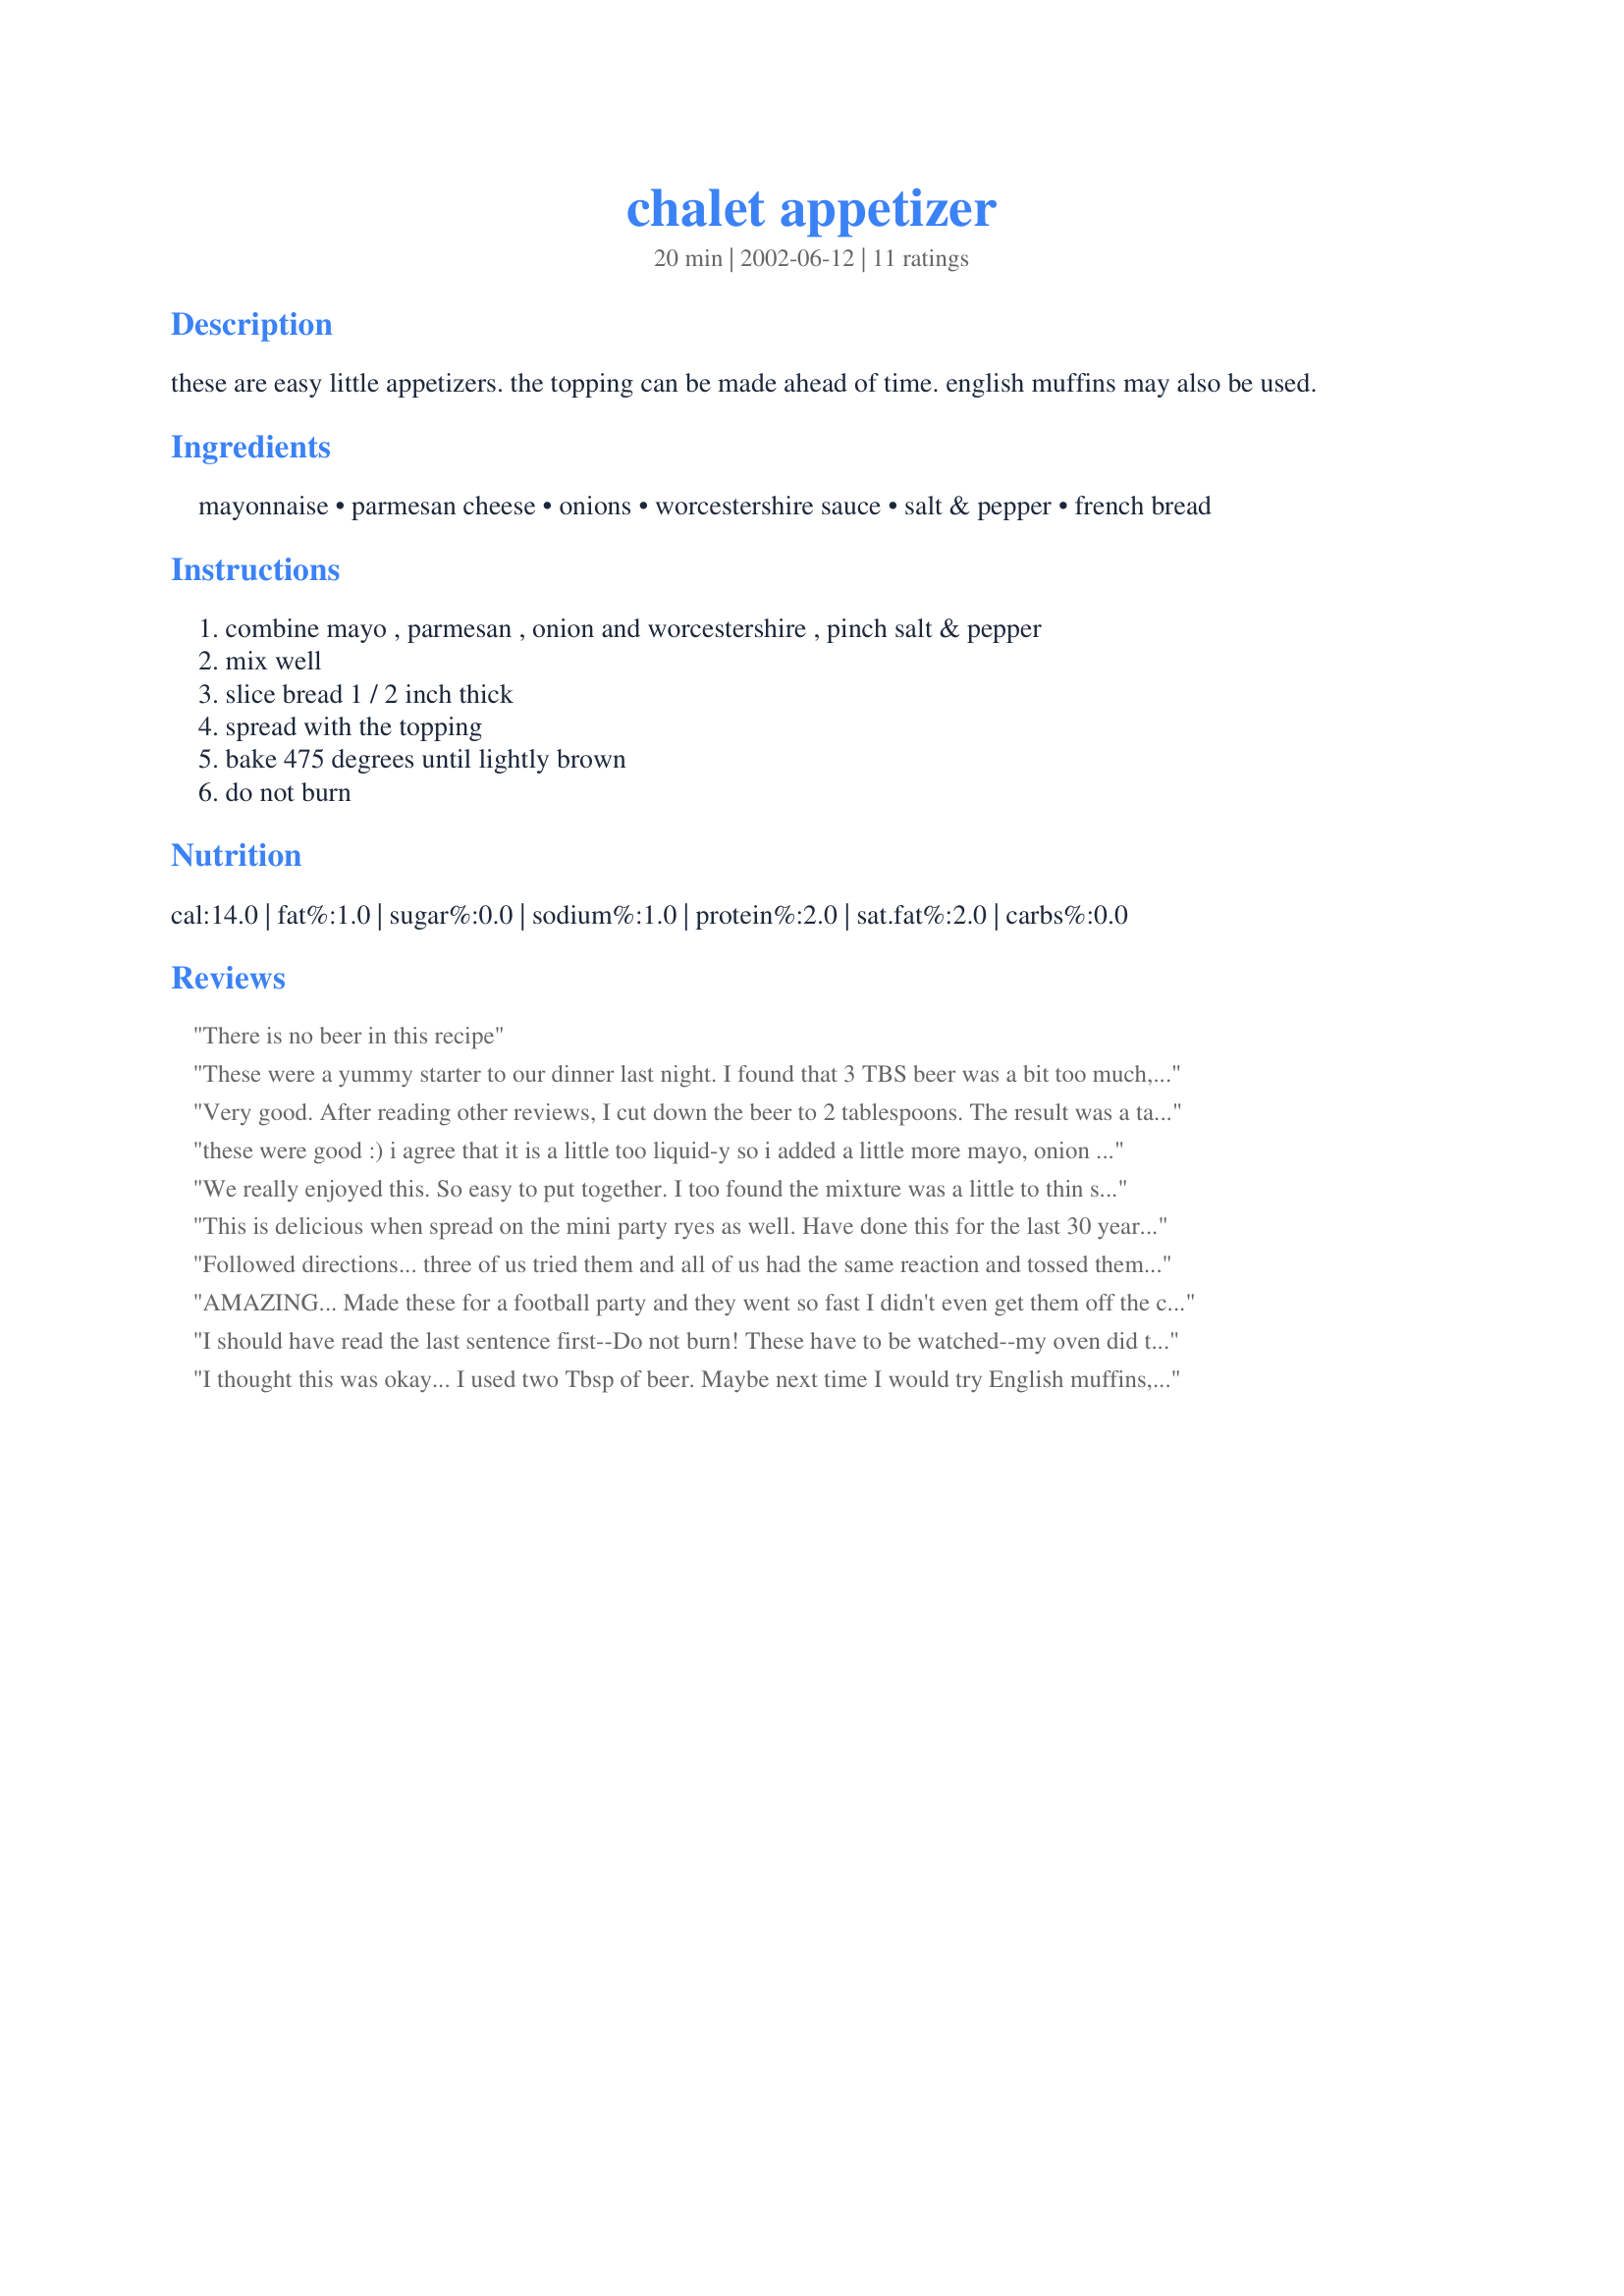
chalet appetizer
Preparation time: 20 minutes

these are easy little appetizers. the topping can be made ahead of time. english muffins may also be used.

Ingredients:
mayonnaise, parmesan cheese, onions, worcestershire sauce, salt & pepper, french bread

Steps:
combine mayo , parmesan , onion and worcestershire , pinch salt & pepper, mix well, slice bread 1 / 2 inch thick, spread with the topping, bake 475 degrees until lightly brown, do not burn

Reviews:
There is no beer in this recipe
These were a yummy starter to our dinner last night. I found that 3 TBS beer was a bit too much, as well, so ended up adding more Parmesan cheese and mayonnaise. The outcome was delightful but I let them get just a little to brown (not burnt) for photos. I think that about 8 minute would be enough time next round. Thanks, Merlot. (:
Very good. After reading other reviews, I cut down the beer to 2 tablespoons. The result was a tasty, quick, easy, and mild appetizer. Will try again with ciabatta bread or English muffins. Thanks for posting.
these were good :) i agree that it is a little too liquid-y so i added a little more mayo, onion and chz. it also made almost TRIPLE the amount of bread for me. i used some soft loaf bread (almost like french bread) just cut in half and served them w/ my MIL's homemade marinara. yum! thanks!
We really enjoyed this. So easy to put together. I too found the mixture was a little to thin so I added some additional parmesan and that worked well. Mine baked perfectly in 10 minutes. I used English muffins instead of bread slices, red onion which I'll use green onion next time and Corona beer. I might try spicing these up next time with some chopped jalapeno peppers. Thanks Merlot for a great recipe. Took them to the garage where several of the deer hunters were and they were gone in about 5 minutes. Thanks.
This is delicious when spread on the mini party ryes as well. Have done this for the last 30 years and it is always a hit!
Followed directions... three of us tried them and all of us had the same reaction and tossed them in the garbage.
AMAZING... Made these for a football party and they went so fast I didn't even get them off the cookie sheet! I agree with the other comments: use english muffins (I used about a whole package), add more parmesan to make topping thicker (I used about 1/3 cup), and only 8 minutes in the oven. Perfect!
I should have read the last sentence first--Do not burn! These have to be watched--my oven did them in about 8 minutes. They are really delightful. I made them with bread triangles--next time I'll try English muffins. The topping was a bit liquid so I stuck them in the freezer to "flash freeze" for about 15 minutes and that worked well. I used dried minced onions as I didn't have fresh on hand. I'll definitely make these again (and maybe even experiment to see if I can freeze them). Thanks, Merlot, for a good, easy recipe!
I thought this was okay... I used two Tbsp of beer. Maybe next time I would try English muffins, but I had it as a dip for butter flavored crackers and my fiance and I liked that a lot better.
Please tell me, how much Worcestershire sauce is suppose to be used?
